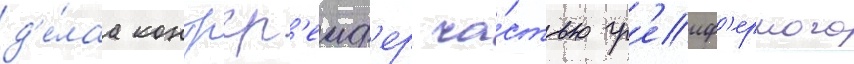
д'е́лаа контргр'еиф'ер ча́стью гр'еиф'ерного